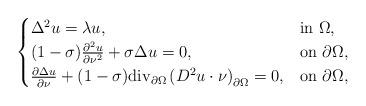
LaTeX: \begin{align*}\begin{cases}\Delta^2 u=\lambda u, & {\rm in}\ \Omega,\\(1-\sigma)\frac{\partial^2 u}{\partial\nu^2}+\sigma\Delta u=0, & {\rm on}\ \partial\Omega,\\\frac{\partial\Delta u}{\partial\nu}+(1-\sigma){\rm div}_{\partial\Omega}\left(D^2 u\cdot\nu\right)_{\partial\Omega}=0, & {\rm on}\ \partial\Omega,\end{cases}\end{align*}